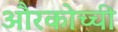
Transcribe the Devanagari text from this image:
औरकोच्ची